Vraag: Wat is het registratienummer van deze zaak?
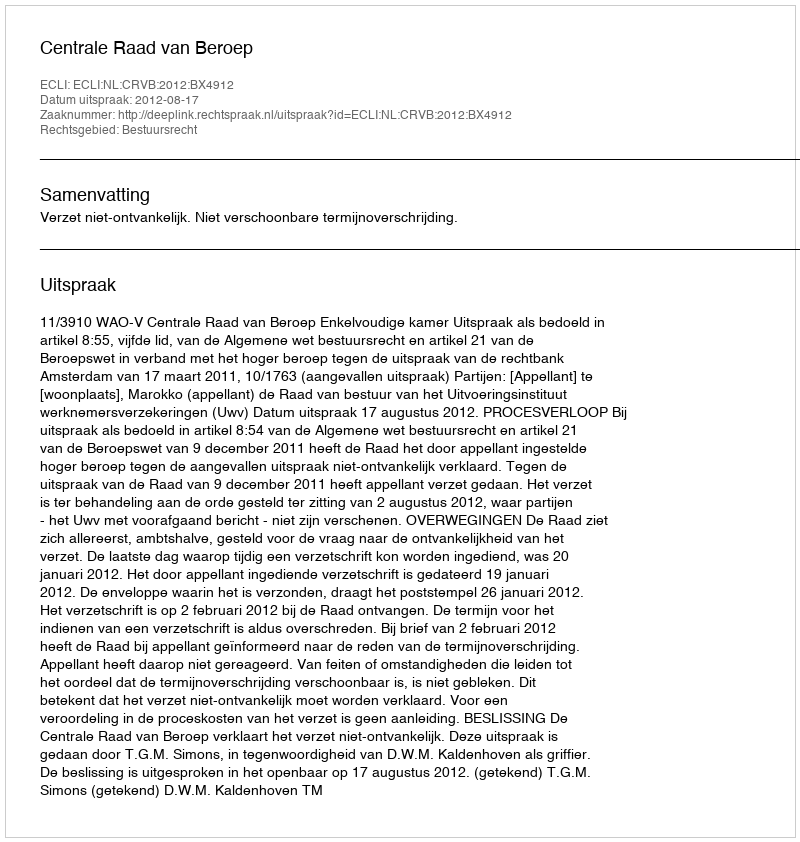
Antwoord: http://deeplink.rechtspraak.nl/uitspraak?id=ECLI:NL:CRVB:2012:BX4912